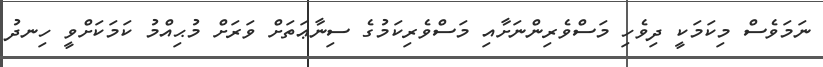
ނަމަވެސް މިކަމަކީ ދިވެހި މަސްވެރިންނަށާއި މަސްވެރިކަމުގެ ސިނާޢަތަށް ވަރަށް މުޙިއްމު ކަމަކަށްވީ ހިނދު